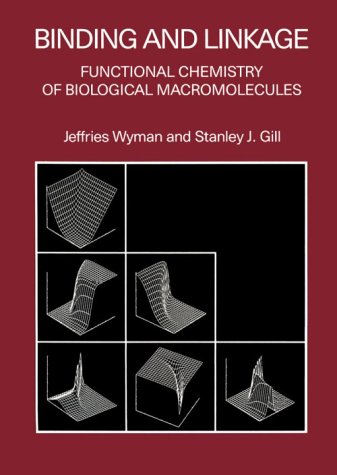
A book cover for Binding and Linkage: Functional Chemistry of Biological Macromolecules; Jeffries Wyman; Science & Math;